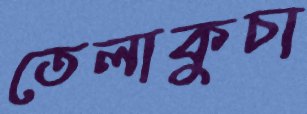
তেলাকুচা